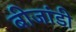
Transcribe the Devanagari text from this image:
बीजांडी